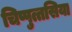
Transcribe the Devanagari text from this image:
चिप्पुत्तसिया